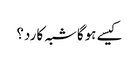
کیسے ہوگاشبہ کا رد؟